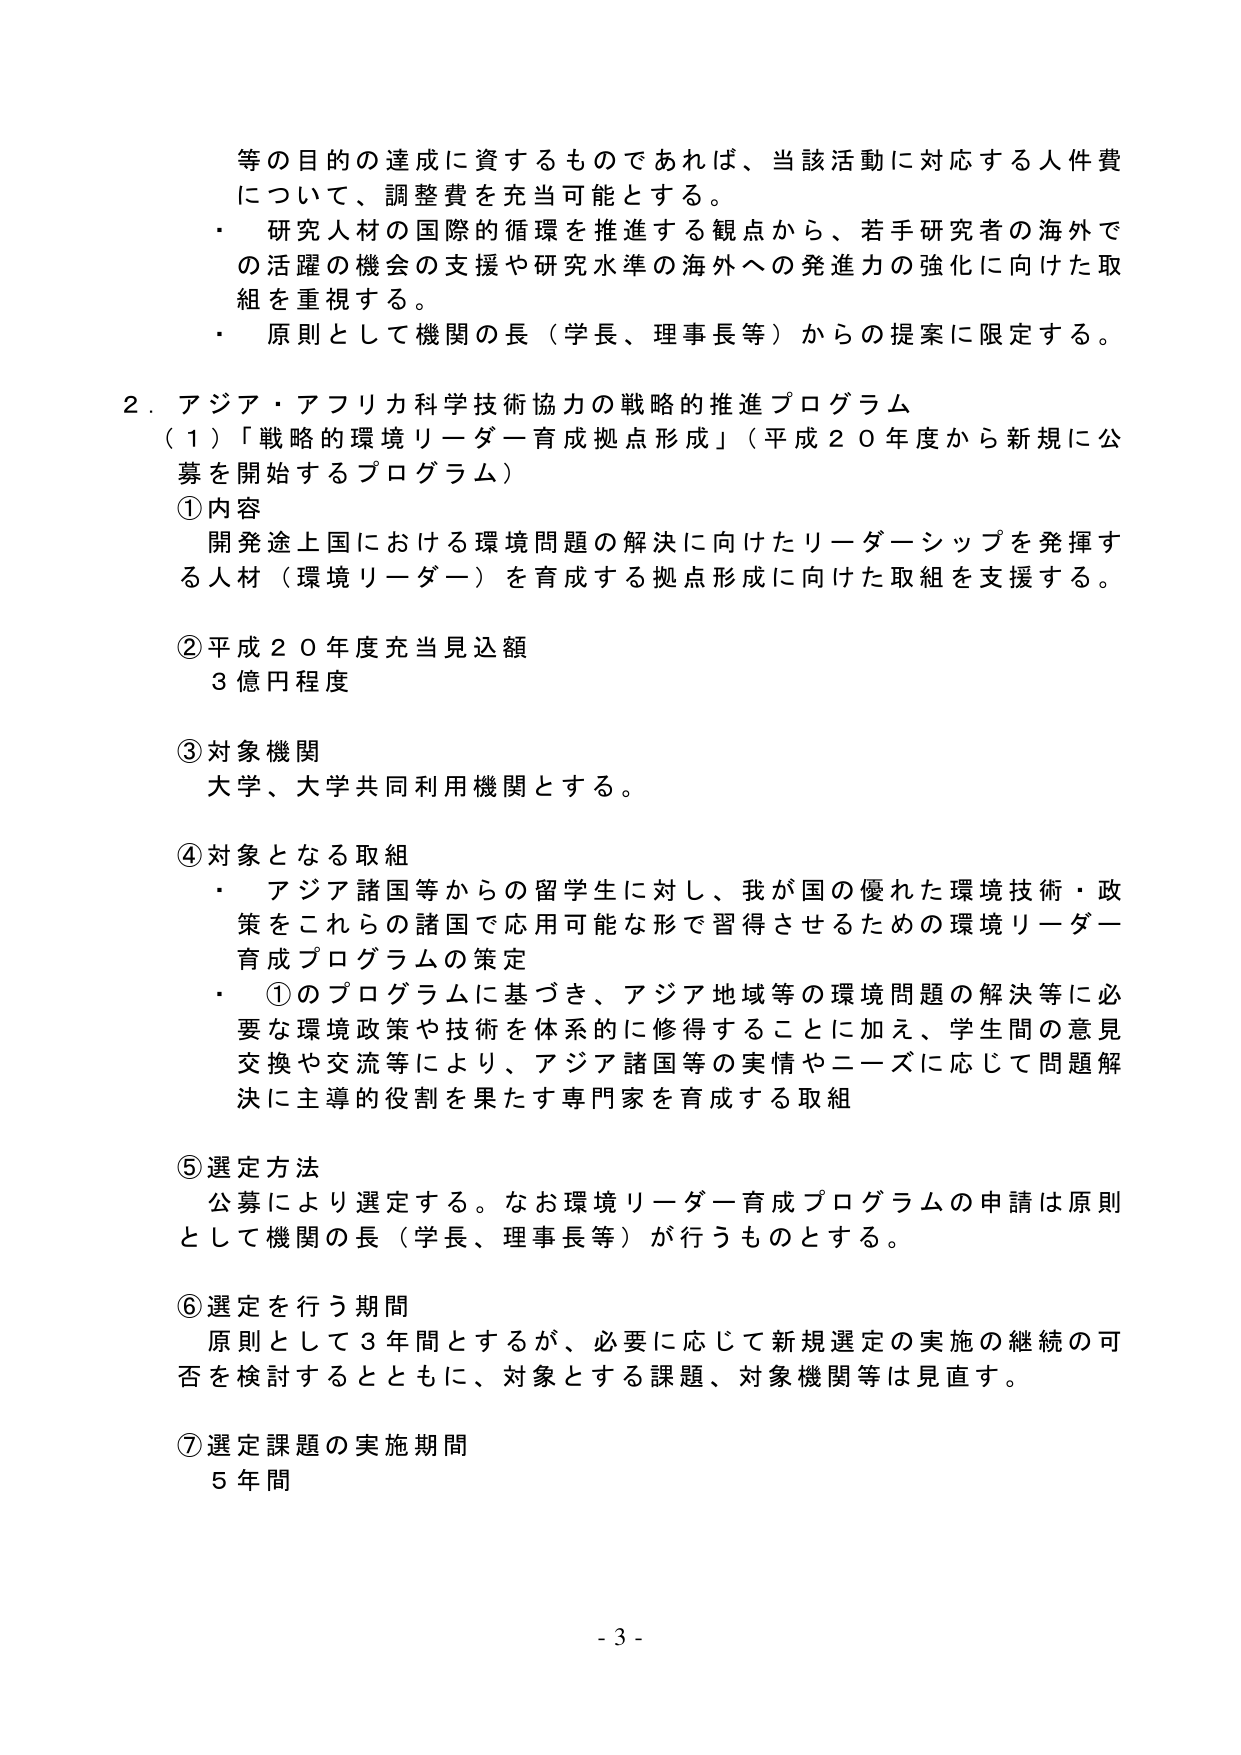
等の目的の達成に資するものであれば、当該活動に対応する人件費
について、調整費を充当可能とする。
・ 研究人材の国際的循環を推進する観点から、若手研究者の海外で
の活躍の機会の支援や研究水準の海外への発進力の強化に向けた取
組を重視する。
・ 原則として機関の長（学長、理事長等）からの提案に限定する。

２．アジア・アフリカ科学技術協力の戦略的推進プログラム
（１）「戦略的環境リーダー育成拠点形成」（平成２０年度から新規に公
募を開始するプログラム）
①内容
開発途上国における環境問題の解決に向けたリーダーシップを発揮す
る人材（環境リーダー）を育成する拠点形成に向けた取組を支援する。

②平成２０年度充当見込額
３億円程度

③対象機関
大学、大学共同利用機関とする。

④対象となる取組
・ アジア諸国等からの留学生に対し、我が国の優れた環境技術・政
策をこれらの諸国で応用可能な形で習得させるための環境リーダー
育成プログラムの策定
・ ①のプログラムに基づき、アジア地域等の環境問題の解決等に必
要な環境政策や技術を体系的に修得することに加え、学生間の意見
交換や交流等により、アジア諸国等の実情やニーズに応じて問題解
決に主導的役割を果たす専門家を育成する取組

⑤選定方法
公募により選定する。なお環境リーダー育成プログラムの申請は原則
として機関の長（学長、理事長等）が行うものとする。

⑥選定を行う期間
原則として３年間とするが、必要に応じて新規選定の実施の継続の可
否を検討するとともに、対象とする課題、対象機関等は見直す。

⑦選定課題の実施期間
５年間

- 3 -